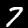
Label: 7